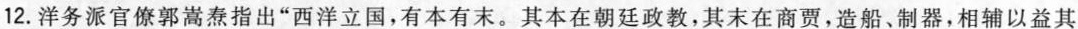
12. 洋务派官僚郭嵩焘指出“西洋立国，有本有末。其本在朝廷政教，其末在商贾，造船、制器，相辅以益其